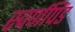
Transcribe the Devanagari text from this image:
स्वर्णपिंड